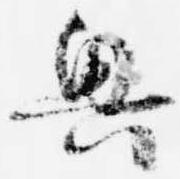
興